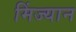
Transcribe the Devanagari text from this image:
मिंज्यान